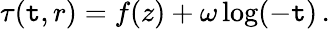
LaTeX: \tau(\mathtt{t},r)=f(z)+\omega\log(-\mathtt{t})\, .